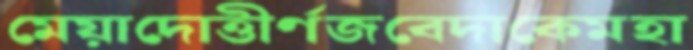
মেয়াদোত্তীর্ণজবেদাকেমহা